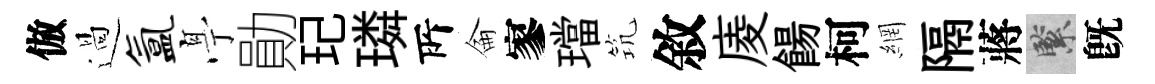
倣過氲𠅘勛玘璘𠩄侖寥璫𥬑敘庱餳柯網隔蔣緊旣